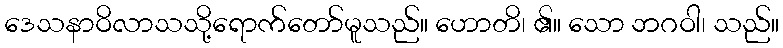
ဒေသနာဝိလာသသို့ရောက်တော်မူသည်။ ဟောတိ၊ ၏။ သော ဘဂဝါ၊ သည်။